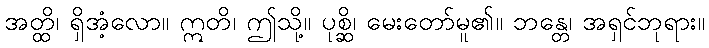
အတ္ထိ၊ ရှိအံ့လော။ ဣတိ၊ ဤသို့။ ပုစ္ဆိ၊ မေးတော်မူ၏။ ဘန္တေ၊ အရှင်ဘုရား။